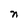
Character: n